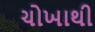
ચોખાથી